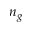
n _ { g }